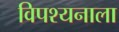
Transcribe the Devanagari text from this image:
विपश्यनाला